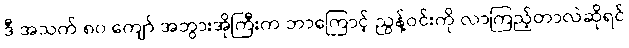
ဒီ အသက် ၈၀ ကျော် အဘွားအိုကြီးက ဘာကြောင့် ညွန့်ဝင်းကို လာကြည့်တာလဲဆိုရင်